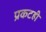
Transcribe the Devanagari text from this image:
प्रकटही